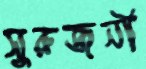
সুরুজনী